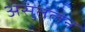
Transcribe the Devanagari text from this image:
असुंतलन